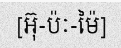
[អ៊ុ-ប៉ៈ-ម៉ៃ]